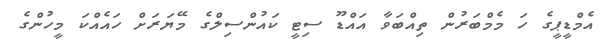
އެމްޑީޕީގެ ހަ މެމްބަރުން ތިއްބަވާ އައްޑޫ ސިޓީ ކައުންސިލްގެ މޭޔަރަށް ހައެއްކަ މީހުންގެ